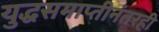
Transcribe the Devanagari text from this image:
युद्धसमाप्तीनंतरही